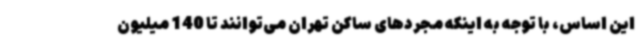
این اساس، با توجه به اینکه مجردهای ساکن تهران می‌توانند تا 140 میلیون